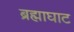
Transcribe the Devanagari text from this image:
ब्रह्माघाट